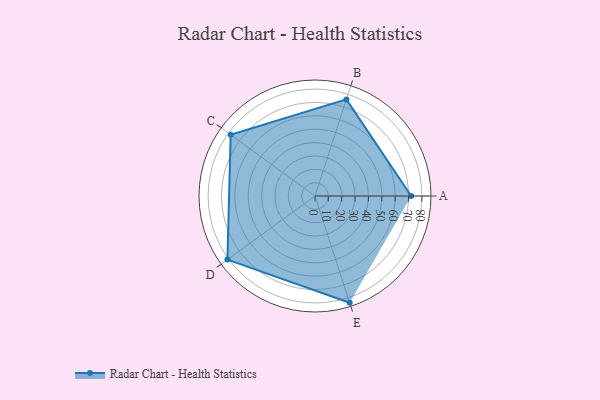
{"axis": {"x": "Skill", "y": "Score"}, "legend": ["Profile"], "data": [{"x": "A", "y": 72.0, "type": "Profile"}, {"x": "B", "y": 76.0, "type": "Profile"}, {"x": "C", "y": 78.0, "type": "Profile"}, {"x": "D", "y": 81.0, "type": "Profile"}, {"x": "E", "y": 84.0, "type": "Profile"}]}